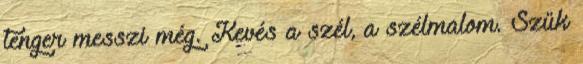
tenger messzi még. Kevés a szél, a szélmalom. Szűk